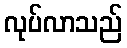
လုပ်လာသည်